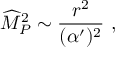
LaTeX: { \widehat M } _ { P } ^ { 2 } \sim { \frac { r ^ { 2 } } { ( \alpha ^ { \prime } ) ^ { 2 } } } ~ ,